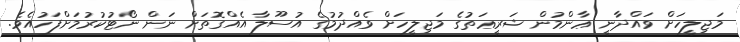
މަޖިލީހަށް ވައްދާނީ ޢާންމުން ޝަރީޢަތުގެ މަޖިލީހަށް ވެއްދުމުގެ އުސޫލާ އެއްގޮތަށް ނަން ނޯޓުކުރުމަށްފަހުއެވެ.